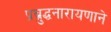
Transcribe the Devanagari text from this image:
प्रब्रुद्धनारायणाने